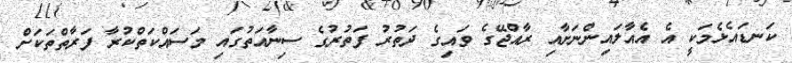
ކަނޑައެޅެމަކީ އެ އެއާލައިންނަށާއި ރާއްޖޭގެ ވައިގެ ދަތުރު ފަތުރުގެ ސިނާއަތުގައި މަސައްކަތްކުރާ ފަރާތްތަކަށް